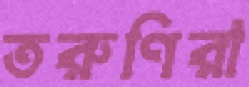
তরুণিরা